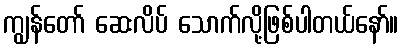
ကျွန်တော် ဆေးလိပ် သောက်လို့ဖြစ်ပါတယ်နော်။